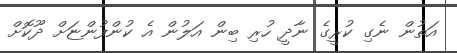
އަތުން ނެގި ކުރީގެ ނާދީ ހުރި ބިން އަލުން އެ ކުންފުންޏަށް ދޫކޮށް